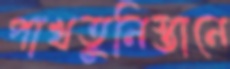
পাখতুনিস্তানে